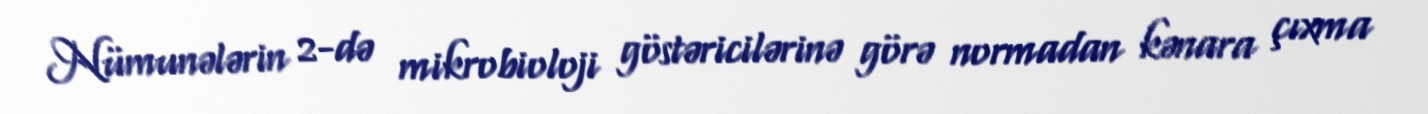
Nümunələrin 2-də mikrobioloji göstəricilərinə görə normadan kənara çıxma